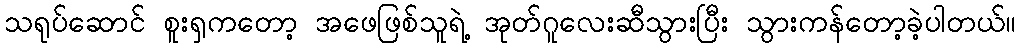
သရုပ်ဆောင် စူးရှကတော့ အဖေဖြစ်သူရဲ့ အုတ်ဂူလေးဆီသွားပြီး သွားကန်တော့ခဲ့ပါတယ်။